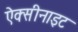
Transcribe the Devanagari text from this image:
ऐक्सीनाइट